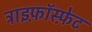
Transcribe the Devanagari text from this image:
ट्राइफ़ॉस्फ़ेट